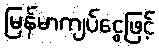
မြန်မာကျပ်ငွေဖြင့်